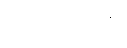
ရောင်းအားမှာ